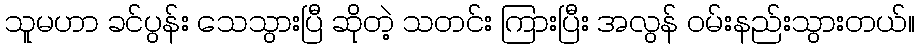
သူမဟာ ခင်ပွန်း သေသွားပြီ ဆိုတဲ့ သတင်း ကြားပြီး အလွန် ဝမ်းနည်းသွားတယ်။